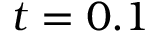
t = 0 . 1